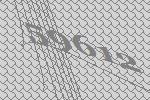
59612